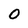
Character: 0